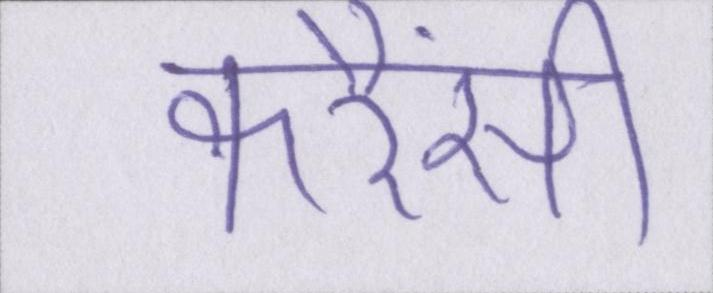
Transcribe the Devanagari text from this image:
करैंसी